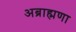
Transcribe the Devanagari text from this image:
अब्राह्मणा